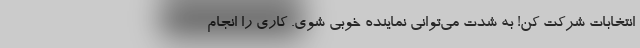
انتخابات شرکت کن! به شدت می‌توانی نماینده خوبی شوی. کاری را انجام